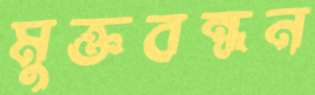
মুক্তবন্ধন